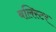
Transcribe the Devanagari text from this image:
बलिस्टर